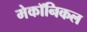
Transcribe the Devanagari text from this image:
मेकॉनिकल